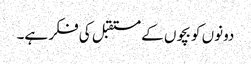
دونوں کو بچوں کے مستقبل کی فکر ہے۔